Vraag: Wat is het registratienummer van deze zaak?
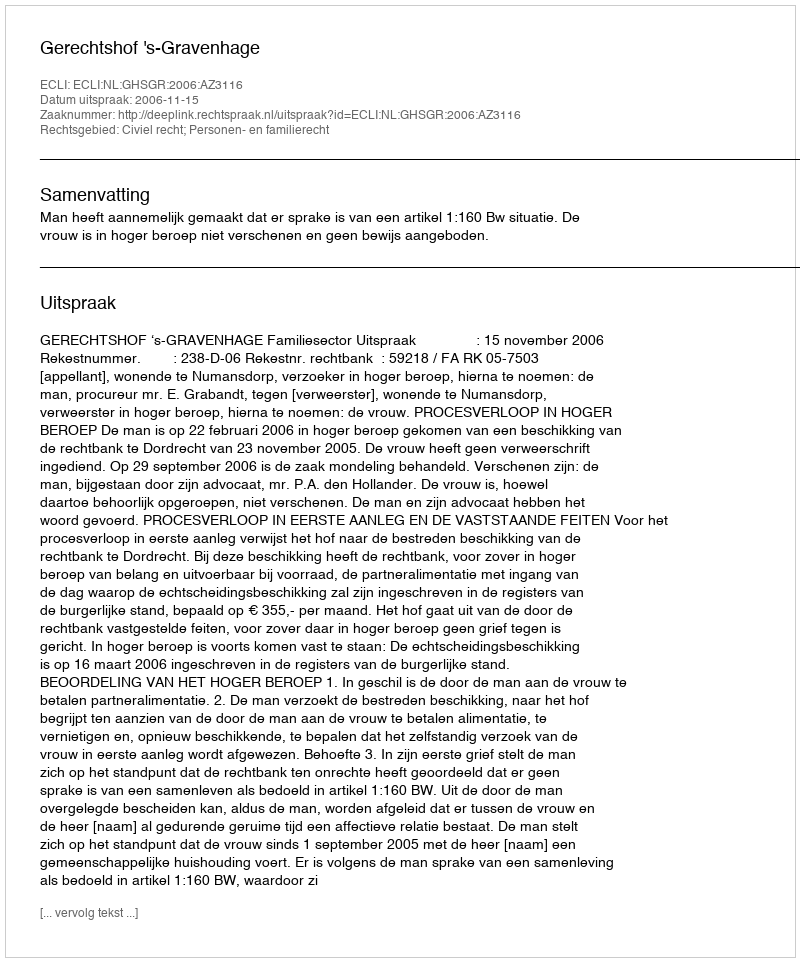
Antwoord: http://deeplink.rechtspraak.nl/uitspraak?id=ECLI:NL:GHSGR:2006:AZ3116